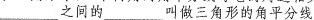
___之间的___叫做三角形的角平分线.